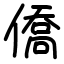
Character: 僑